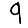
Digit: 9